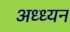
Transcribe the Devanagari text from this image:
अध्ध्यन